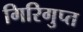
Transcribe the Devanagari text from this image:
गिरिगुप्त